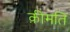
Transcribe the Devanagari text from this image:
क़ीमति